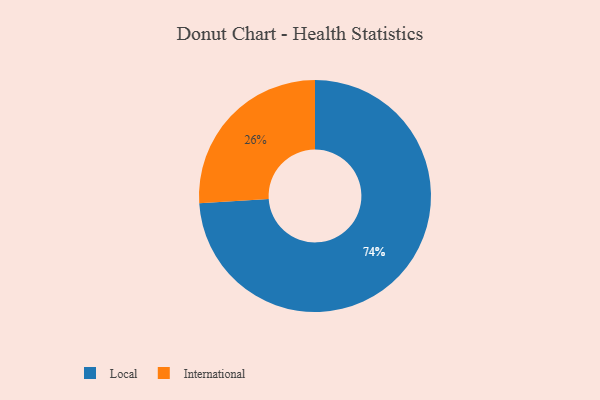
{"axis": {"x": "Category", "y": "Percentage"}, "legend": ["International", "Local"], "data": [{"x": "Local", "y": 74, "type": "Local"}, {"x": "International", "y": 26, "type": "International"}]}